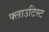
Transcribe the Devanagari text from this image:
फ्लाउटिस्ट